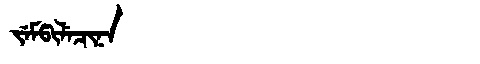
Manchu: ᠵᡝᠮᡦᡳᠯᡝᠴᡳᠨᠠ
Romanization: JEMPILECINA